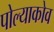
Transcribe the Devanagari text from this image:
पोल्याकोव